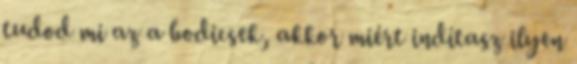
tudod mi az a bodicsek, akkor miért indítasz ilyen